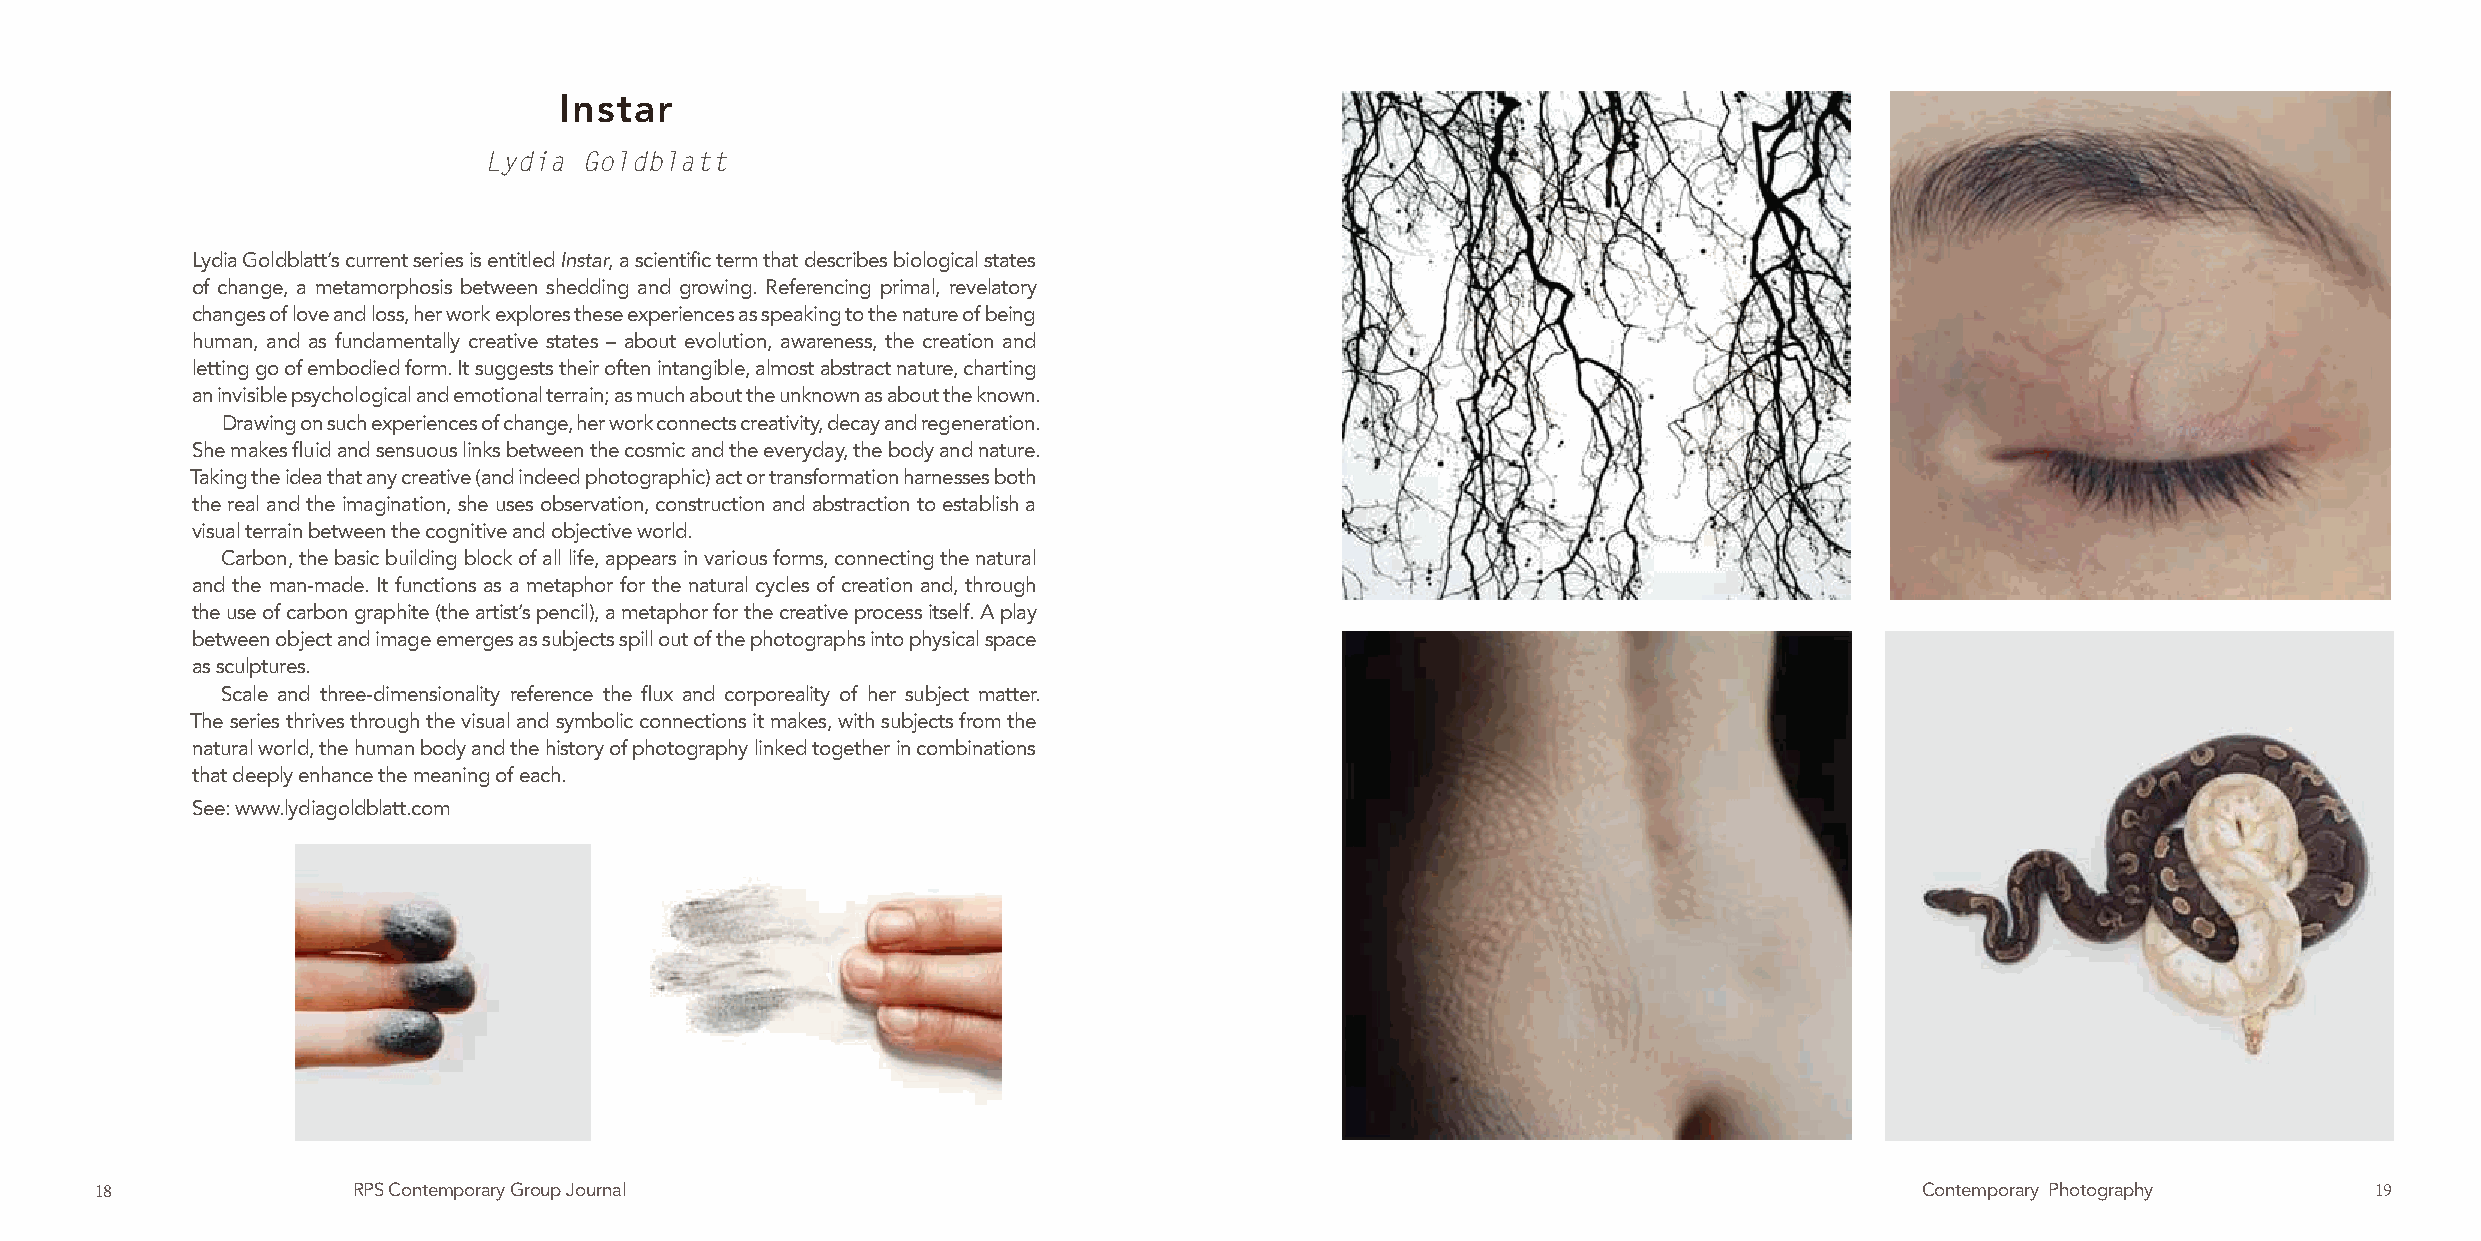
Instar
 Lydia  Goldblatt
 Lydia Goldblatt’s current series is entitled Instar, a scientific term that describes biological states
 of change, a metamorphosis between shedding and growing. Referencing primal, revelatory
 changes of love and loss, her work explores these experiences as speaking to the nature of being
 human, and as fundamentally creative states – about evolution, awareness, the creation and
 letting go of embodied form. It suggests their often intangible, almost abstract nature, charting
 an invisible psychological and emotional terrain; as much about the unknown as about the known.
 Drawing on such experiences of change, her work connects creativity, decay and regeneration.
 She makes fluid and sensuous links between the cosmic and the everyday, the body and nature.
 Taking the idea that any creative (and indeed photographic) act or transformation harnesses both
 the real and the imagination, she uses observation, construction and abstraction to establish a
 visual terrain between the cognitive and objective world.
 Carbon, the basic building block of all life, appears in various forms, connecting the natural
 and the man-made. It functions as a metaphor for the natural cycles of creation and, through
 the use of carbon graphite (the artist’s pencil), a metaphor for the creative process itself. A play
 between object and image emerges as subjects spill out of the photographs into physical space
 as sculptures.
 Scale and three-dimensionality reference the flux and corporeality of her subject matter.
 The series thrives through the visual and symbolic connections it makes, with subjects from the
 natural world, the human body and the history of photography linked together in combinations
 that deeply enhance the meaning of each.
 See: www.lydiagoldblatt.com
 18               RPS Contemporary Group Journal                                                                          Contemporary Photography      19